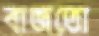
বাজতো